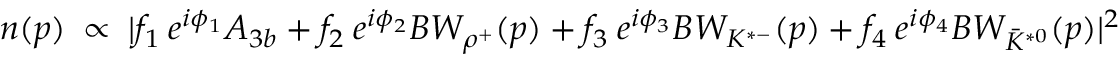
n ( p ) \: \propto \: \vert f _ { 1 } \: e ^ { i \phi _ { 1 } } A _ { 3 b } + f _ { 2 } \: e ^ { i \phi _ { 2 } } B W _ { \rho ^ { + } } ( p ) + f _ { 3 } \: e ^ { i \phi _ { 3 } } B W _ { K ^ { * - } } ( p ) + f _ { 4 } \: e ^ { i \phi _ { 4 } } B W _ { \bar { K } ^ { * 0 } } ( p ) { \vert } ^ { 2 }